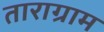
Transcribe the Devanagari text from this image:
ताराग्राम